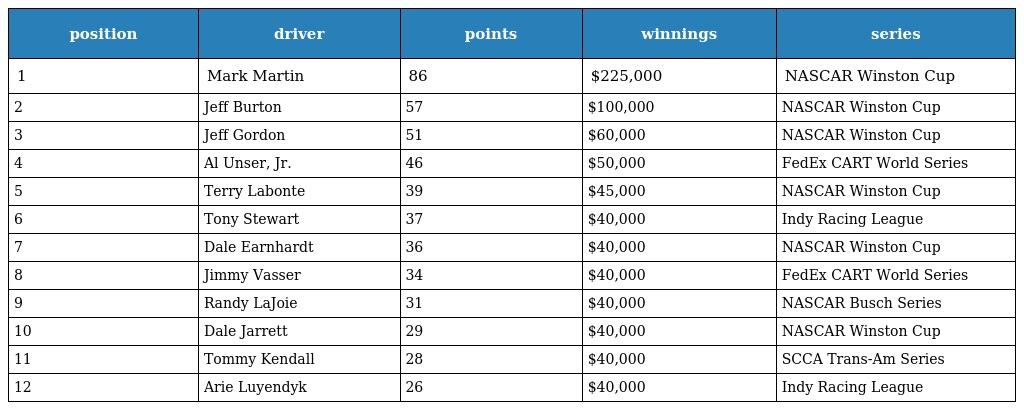
| position | driver | points | winnings | series |
 | --- | --- | --- | --- | --- |
 | 1 | Mark Martin | 86 | $225,000 | NASCAR Winston Cup |
 | 2 | Jeff Burton | 57 | $100,000 | NASCAR Winston Cup |
 | 3 | Jeff Gordon | 51 | $60,000 | NASCAR Winston Cup |
 | 4 | Al Unser, Jr. | 46 | $50,000 | FedEx CART World Series |
 | 5 | Terry Labonte | 39 | $45,000 | NASCAR Winston Cup |
 | 6 | Tony Stewart | 37 | $40,000 | Indy Racing League |
 | 7 | Dale Earnhardt | 36 | $40,000 | NASCAR Winston Cup |
 | 8 | Jimmy Vasser | 34 | $40,000 | FedEx CART World Series |
 | 9 | Randy LaJoie | 31 | $40,000 | NASCAR Busch Series |
 | 10 | Dale Jarrett | 29 | $40,000 | NASCAR Winston Cup |
 | 11 | Tommy Kendall | 28 | $40,000 | SCCA Trans-Am Series |
 | 12 | Arie Luyendyk | 26 | $40,000 | Indy Racing League |